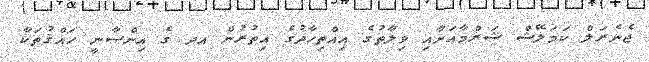
ޖެނެރަލް ކަމަލޭޝް ޝަރްމާއަށާއި ވިލާތުގެ އިއްތިހާދުގެ އިތުރުން އދ ގެ އިންސާނީ ހައްޤުތަކާ